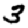
Digit: 3